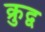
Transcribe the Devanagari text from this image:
क्रुद्व